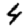
Digit: 4